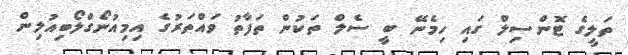
ތަލީގެ ޓޮންސިލް ގައި ހިމެނޭ ބީ ސެލް ތަކުން ތަފާތު ވައްތަރުގެ އިމިއުނޯގްލޯބިއުލިން